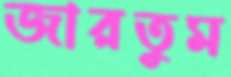
জারতুম